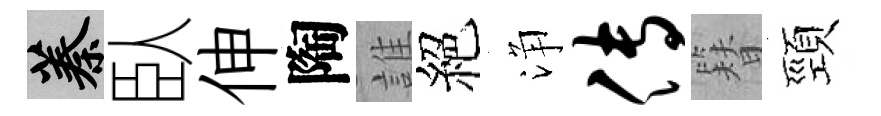
蓁臥伸陶誰絕浄传簪頸